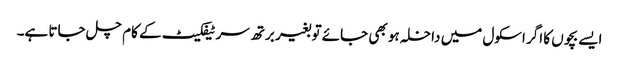
ایسے بچوں کا اگر اسکول میں داخلہ ہو بھی جائے تو بغیر برتھ سرٹیفکیٹ کے کام چل جاتا ہے۔